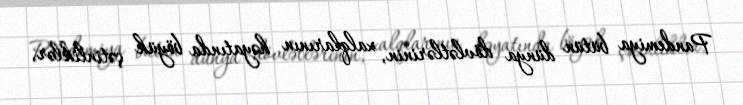
Pandemiya bütün dünya dövlətlərinin, xalqlarının həyatında böyük çətinliklər,